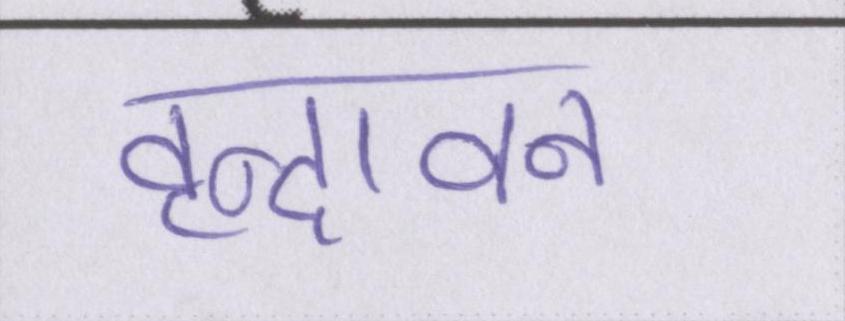
वृन्दावन